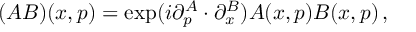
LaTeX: ( A B ) ( x , p ) = \exp ( i \partial _ { p } ^ { A } \cdot \partial _ { x } ^ { B } ) A ( x , p ) B ( x , p ) \, ,